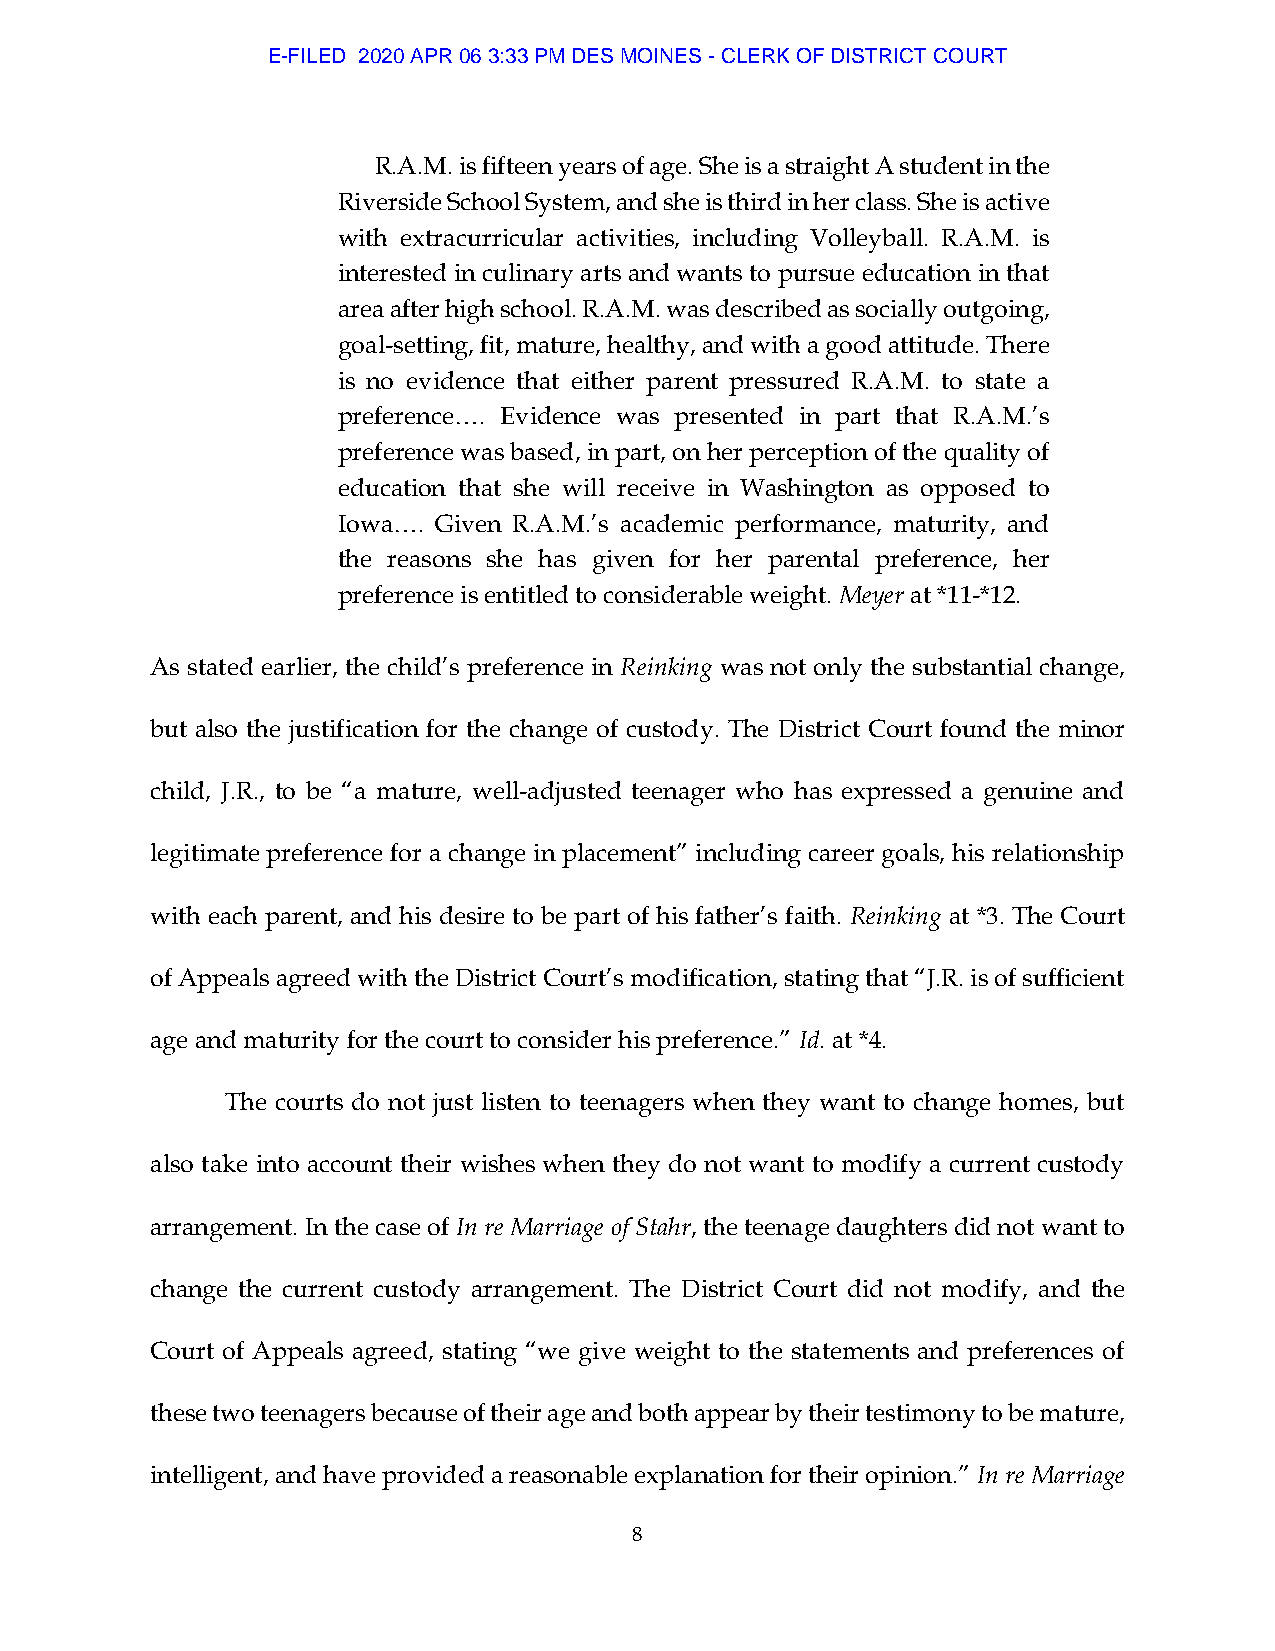
E-FILED 2020 APR 06 3:33 PM DES MOINES - CLERK OF DISTRICT COURT
 R.A.M. is fifteen years of age. She is a straight A student in the
 Riverside School System, and she is third in her class. She is active
 with extracurricular activities, including Volleyball. R.A.M. is
 interested in culinary arts and wants to pursue education in that
 area after high school. R.A.M. was described as socially outgoing,
 goal-setting, fit, mature, healthy, and with a good attitude. There
 is no evidence that either parent pressured R.A.M. to state a
 preference…. Evidence was presented in part that R.A.M.’s
 preference was based, in part, on her perception of the quality of
 education that she will receive in Washington as opposed to
 Iowa…. Given R.A.M.’s academic performance, maturity, and
 the reasons she has given for her parental preference, her
 preference is entitled to considerable weight. Meyer at *11-*12.
 As stated earlier, the child’s preference in Reinking was not only the substantial change,
 but also the justification for the change of custody. The District Court found the minor
 child, J.R., to be “a mature, well-adjusted teenager who has expressed a genuine and
 legitimate preference for a change in placement” including career goals, his relationship
 with each parent, and his desire to be part of his father’s faith. Reinking at *3. The Court
 of Appeals agreed with the District Court’s modification, stating that “J.R. is of sufficient
 age and maturity for the court to consider his preference.” Id. at *4.
 The courts do not just listen to teenagers when they want to change homes, but
 also take into account their wishes when they do not want to modify a current custody
 arrangement. In the case of In re Marriage of Stahr, the teenage daughters did not want to
 change the current custody arrangement. The District Court did not modify, and the
 Court of Appeals agreed, stating “we give weight to the statements and preferences of
 these two teenagers because of their age and both appear by their testimony to be mature,
 intelligent, and have provided a reasonable explanation for their opinion.” In re Marriage
 8